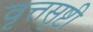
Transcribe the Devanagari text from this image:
वृत्तसृष्टी